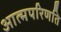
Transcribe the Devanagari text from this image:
आत्मपरिणति